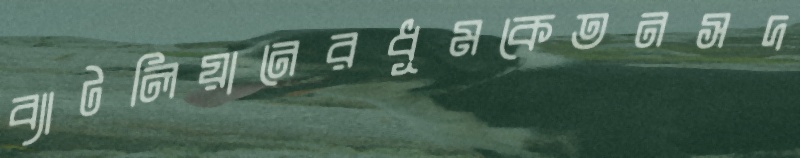
ব্যাটলিয়ানেরধূমকেতনসদ